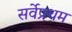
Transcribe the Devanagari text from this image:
सर्वेप्रथम